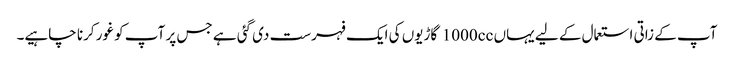
آپ کے زاتی استعمال کے لیے یہاں 1000cc گاڑیوں کی ایک فہرست دی گئی ہے جس پر آپ کو غور کرنا چاہیے۔